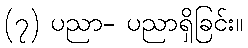
(၇) ပညာ- ပညာရှိခြင်း။